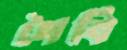
গৈবি